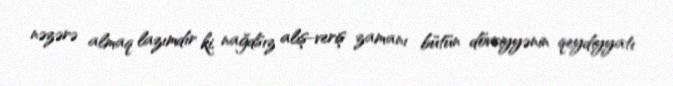
nəzərə almaq lazımdır ki, nağdsız alış-veriş zamanı bütün dövriyyənin qeydiyyatı